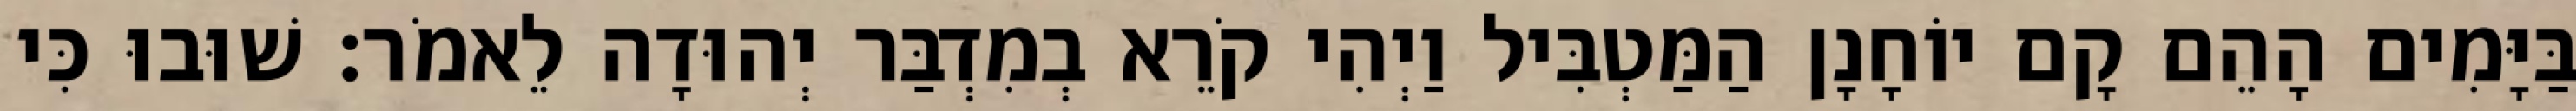
בַּיָּמִים הָהֵם קָם יוֹחָנָן הַמַּטְבִּיל וַיְהִי קֹרֵא בְמִדְבַּר יְהוּדָה לֵאמֹר׃ שׁוּבוּ כִּי